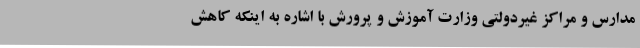
مدارس و مراکز غیردولتی وزارت آموزش و پرورش با اشاره به اینکه کاهش